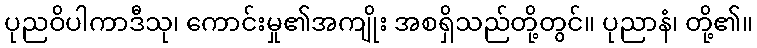
ပုညဝိပါကာဒီသု၊ ကောင်းမှု၏အကျိုး အစရှိသည်တို့တွင်။ ပုညာနံ၊ တို့၏။